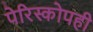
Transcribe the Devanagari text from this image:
पेरिस्कोपही